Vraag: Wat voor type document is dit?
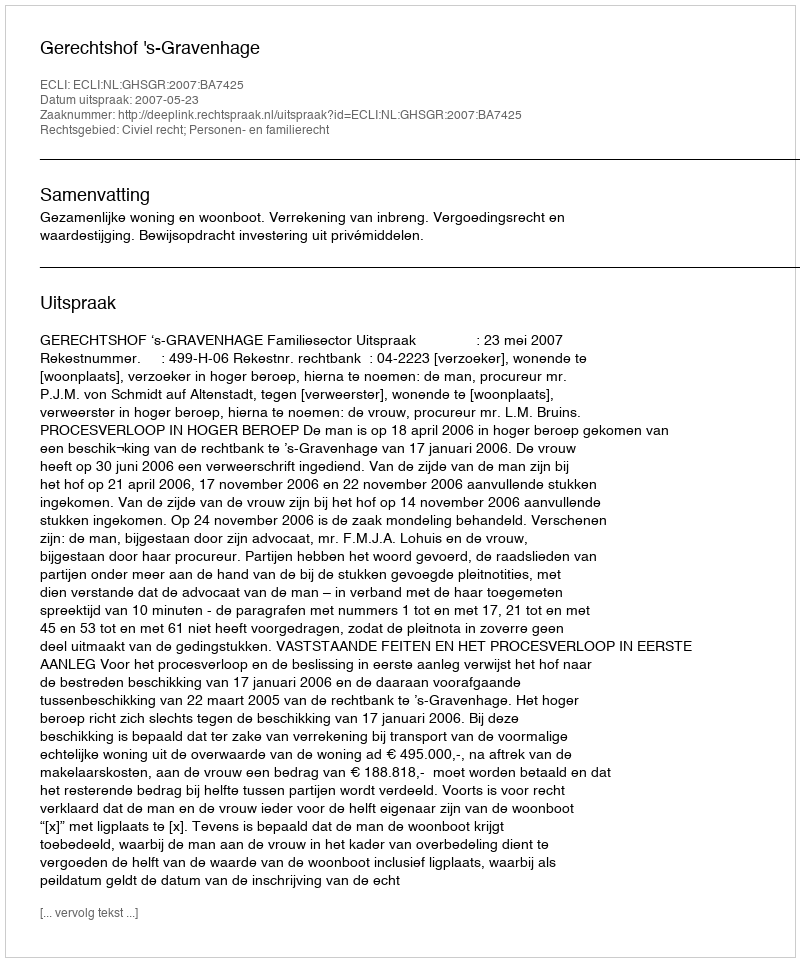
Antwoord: Uitspraak